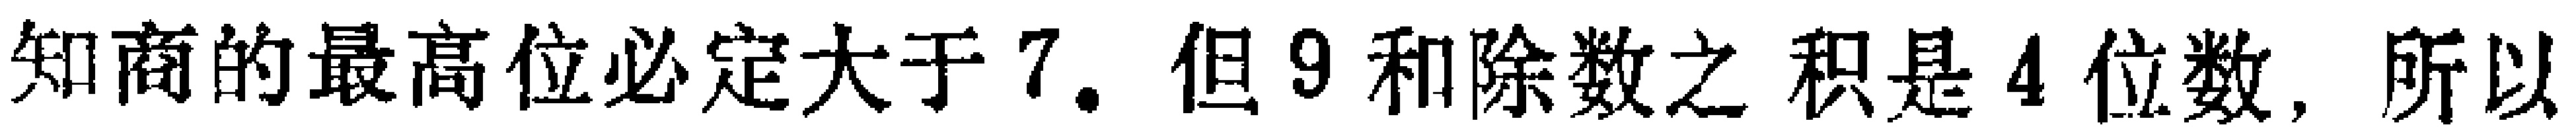
知商的最高位必定大于7. 但9和除数之积是4位数, 所以